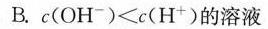
B.c(OH-)<c(H+)的溶液